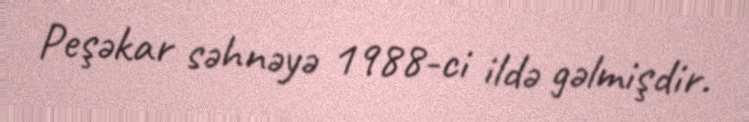
Peşəkar səhnəyə 1988-ci ildə gəlmişdir.